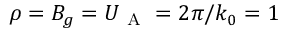
\rho = B _ { g } = U _ { \mathrm { ~ A ~ } } = 2 \pi / k _ { 0 } = 1